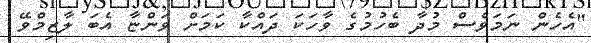
"އެހެން ނަމަވެސް މުދާ ބެހުމުގެ ވާހަކަ ދައްކާ ކަމަށް ވަންޏާ އެބަ ލާޒިމްވޭ